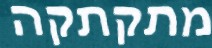
מתקתקה